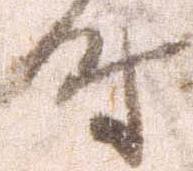
時